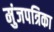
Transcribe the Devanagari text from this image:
मुंजपत्रिका